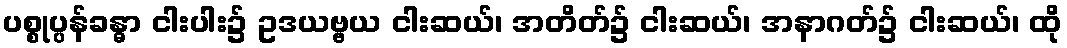
ပစ္စုပ္ပန်ခန္ဓာ ငါးပါး၌ ဥဒယဗ္ဗယ ငါးဆယ်၊ အတိတ်၌ ငါးဆယ်၊ အနာဂတ်၌ ငါးဆယ်၊ ထို